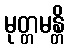
မုတ္တမန္တိ